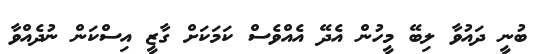
ބުނީ ދައުވާ ލިބޭ މީހުން އެދޭ އެއްވެސް ކަމަކަށް ގާޒީ އިސްކަން ނުދެއްވާ